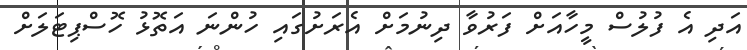
އަދި އެ ފުލުސް މީހާއަށް ފަރުވާ ދިނުމަށް އެރަށުގައި ހުންނަ އަތޮޅު ހޮސްޕިޓަލަށް